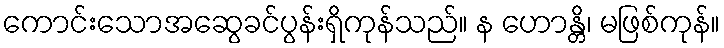
ကောင်းသောအဆွေခင်ပွန်းရှိကုန်သည်။ န ဟောန္တိ၊ မဖြစ်ကုန်။